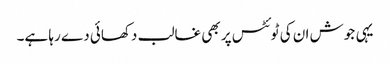
یہی جوش ان کی ٹوئٹس پر بھی غالب دکھائی دے رہا ہے۔